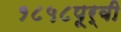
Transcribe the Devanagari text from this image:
१८५८पूर्वी